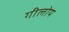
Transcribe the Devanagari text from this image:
गीलोय